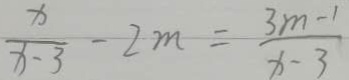
\frac { x } { x - 3 } - 2 m = \frac { 3 m - 1 } { x - 3 }